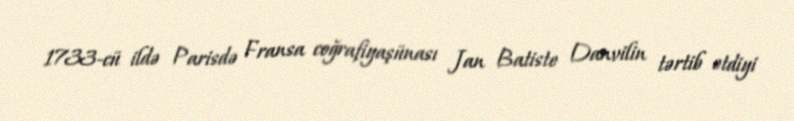
1733-cü ildə Parisdə Fransa coğrafiyaşünası Jan Batiste Danvilin tərtib etdiyi